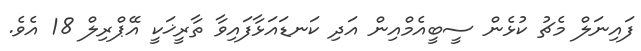
ފައިނަލް މެޗު ކުޅެން ސީބީއެމްއިން އަދި ކަނޑައަޅާފައިވާ ތާރީޚަކީ އޭޕްރިލް 18 އެވެ.